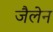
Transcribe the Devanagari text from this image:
जैलेन